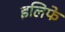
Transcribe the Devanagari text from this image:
इलिफे